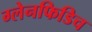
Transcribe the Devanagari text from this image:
ग्लेनफिडिच